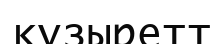
құзыретт